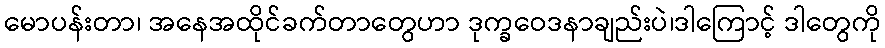
မောပန်းတာ၊ အနေအထိုင်ခက်တာတွေဟာ ဒုက္ခဝေဒနာချည်းပဲ၊ဒါကြောင့် ဒါတွေကို